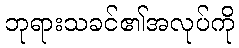
ဘုရားသခင်၏အလုပ်ကို